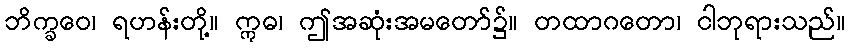
ဘိက္ခဝေ၊ ရဟန်းတို့။ ဣဓ၊ ဤအဆုံးအမတော်၌။ တထာဂတော၊ ငါဘုရားသည်။